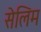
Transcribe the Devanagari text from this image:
सेलिम